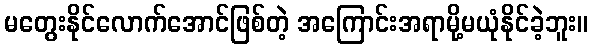
မတွေးနိုင်လောက်အောင်ဖြစ်တဲ့ အကြောင်းအရာမို့မယုံနိုင်ခဲ့ဘူး။